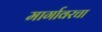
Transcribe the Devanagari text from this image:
मार्गावरचा